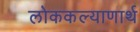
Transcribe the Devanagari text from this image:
लोककल्याणार्थ